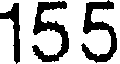
155